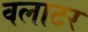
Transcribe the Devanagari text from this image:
वलाटर